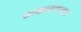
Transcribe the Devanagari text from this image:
कातळमाथ्याला